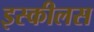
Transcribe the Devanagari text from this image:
इस्कीलस